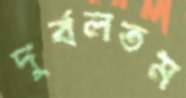
দুর্বলতম